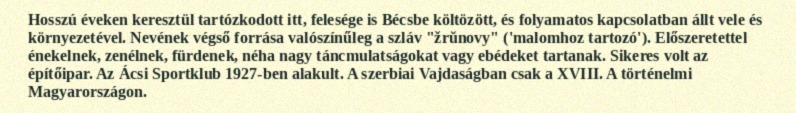
Hosszú éveken keresztül tartózkodott itt, felesége is Bécsbe költözött, és folyamatos kapcsolatban állt vele és környezetével. Nevének végső forrása valószínűleg a szláv "žrŭnovy" ('malomhoz tartozó'). Előszeretettel énekelnek, zenélnek, fürdenek, néha nagy táncmulatságokat vagy ebédeket tartanak. Sikeres volt az építőipar. Az Ácsi Sportklub 1927-ben alakult. A szerbiai Vajdaságban csak a XVIII. A történelmi Magyarországon.